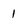
Character: 1